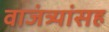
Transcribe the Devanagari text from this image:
वाजंत्र्यांसह